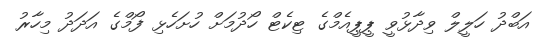
އަބްދު ހަލީލް ވިދާޅުވީ ޕީޕީއެމްގެ ޓިކެޓް ހޯދުމަށް ހުށަހެޅި ފޯމްގެ އަދަދު މިހާރު